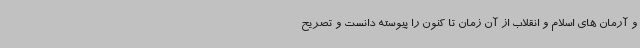
و آرمان های اسلام و انقلاب از آن زمان تا کنون را پیوسته دانست و تصریح